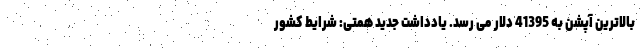
بالاترین آپشن به 41395 دلار می رسد. یادداشت جدید همتی: شرایط کشور